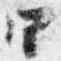
四